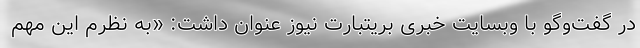
در گفت‌وگو با وبسایت خبری بریتبارت نیوز عنوان داشت: «به نظرم این مهم